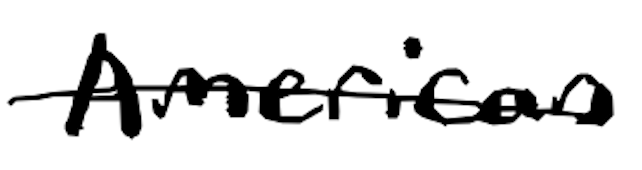
Text: American
Cross-out: single-line
Writing tool: digital_black